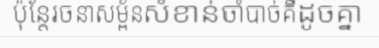
ប៉ុន្តែរចនាសម្ព័នសំខាន់ចាំបាច់គឺដូចគ្នា